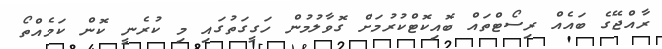
ރާއްޖޭގެ ބައެއް ރިސޯޓްތައް ބޮއިކޮޓްކުރުމަށް ގޮވާލުމުން ހަގީގަތުގައި މި ކުރެނީ ކޮން ކަމެއްތޯ